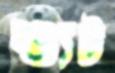
শ্যুট